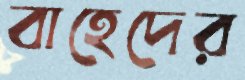
বাহেদের